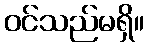
ဝင်သည်မရှိ။